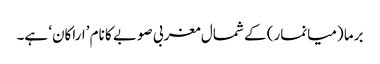
برما (میانمار) کے شمال مغربی صوبے کا نام ’اراکان‘ ہے۔